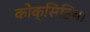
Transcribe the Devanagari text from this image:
कोक्सिडिया